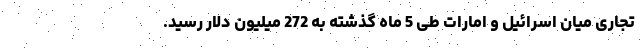
تجاری میان اسرائیل و امارات طی 5 ماه گذشته به 272 میلیون دلار رسید.